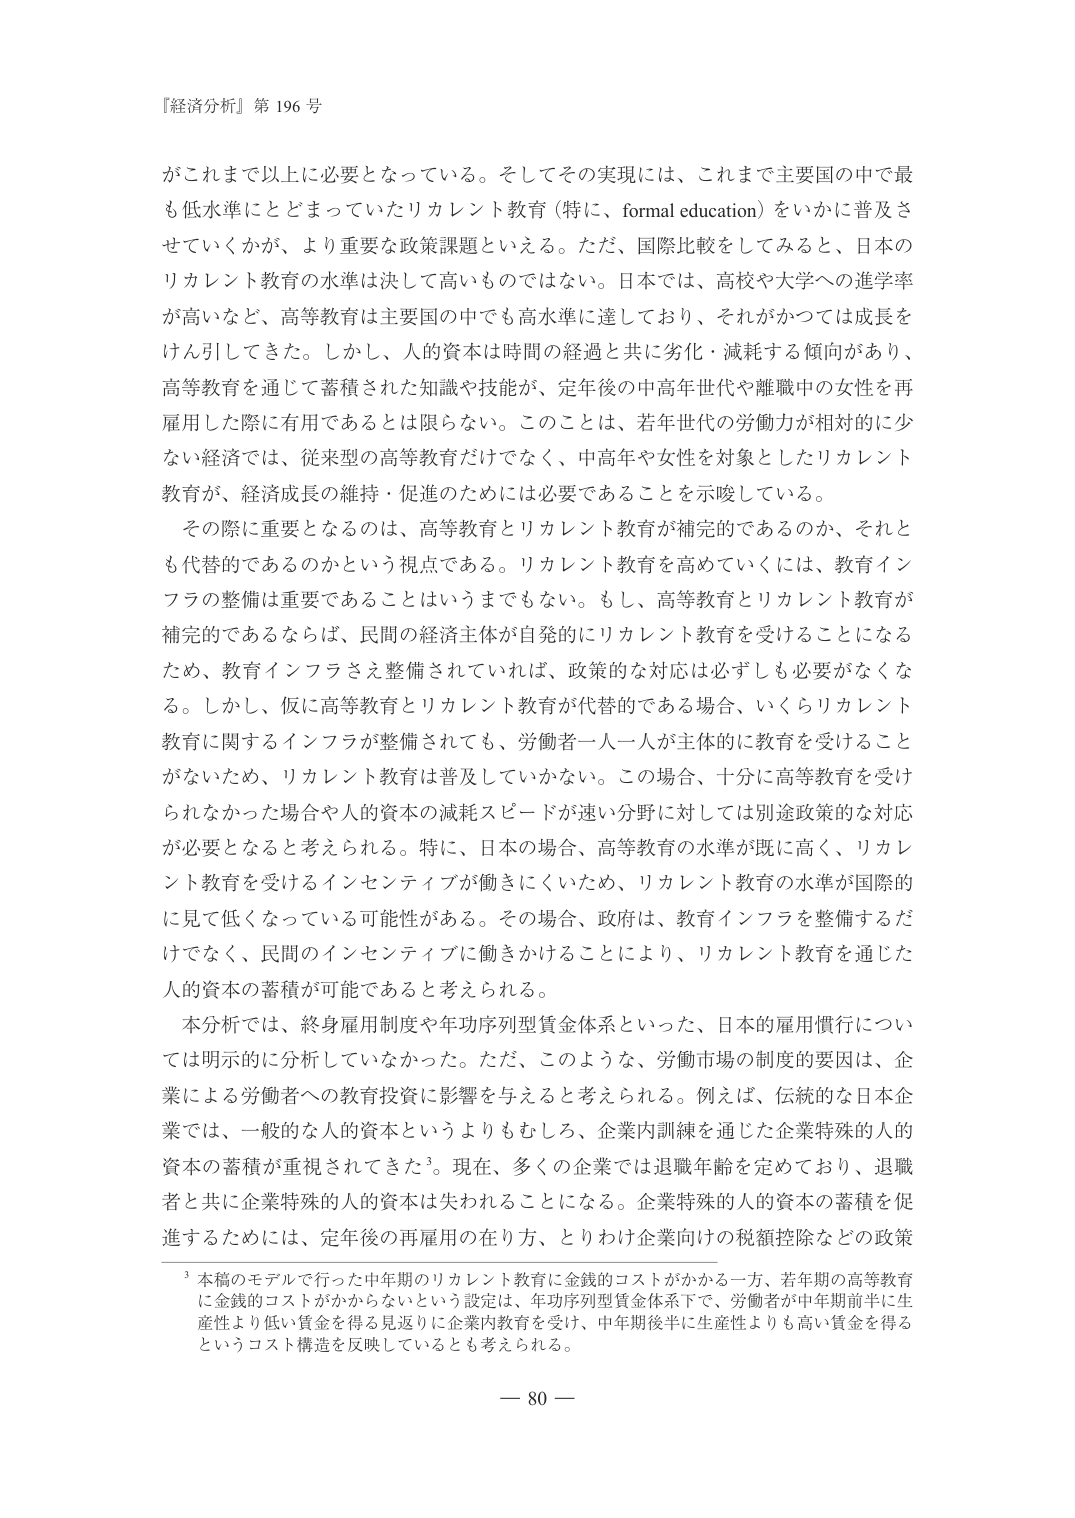
『経済分析』第 196 号

がこれまで以上に必要となっている。そしてその実現には、これまで主要国の中で最も低水準にとどまっていたリカレント教育（特に、formal education）をいかに普及させていくかが、より重要な政策課題といえる。ただ、国際比較をしてみると、日本のリカレント教育の水準は決して高いものではない。日本では、高校や大学への進学率が高いなど、高等教育は主要国の中でも高水準に達しており、それがかつては成長をけん引してきた。しかし、人的資本は時間の経過と共に劣化・減耗する傾向があり、高等教育を通じて蓄積された知識や技能が、定年後の中高年世代や離職中の女性を再雇用した際に有用であるとは限らない。このことは、若年世代の労働力が相対的に少ない経済では、従来型の高等教育だけでなく、中高年や女性を対象としたリカレント教育が、経済成長の維持・促進のためには必要であることを示唆している。

その際に重要となるのは、高等教育とリカレント教育が補完的であるのか、それとも代替的であるのかという視点である。リカレント教育を高めていくには、教育インフラの整備は重要であることはいうまでもない。もし、高等教育とリカレント教育が補完的であるならば、民間の経済主体が自発的にリカレント教育を受けることになるため、教育インフラさえ整備されていれば、政策的な対応は必ずしも必要がなくなる。しかし、仮に高等教育とリカレント教育が代替的である場合、いくらリカレント教育に関するインフラが整備されても、労働者一人一人が主体的に教育を受けることがないため、リカレント教育は普及していかない。この場合、十分に高等教育を受けられなかった場合や人的資本の減耗スピードが速い分野に対しては別途政策的な対応が必要となると考えられる。特に、日本の場合、高等教育の水準が既に高く、リカレント教育を受けるインセンティブが働きにくいため、リカレント教育の水準が国際的に見て低くなっている可能性がある。その場合、政府は、教育インフラを整備するだけでなく、民間のインセンティブに働きかけることにより、リカレント教育を通じた人的資本の蓄積が可能であると考えられる。

本分析では、終身雇用制度や年功序列型賃金体系といった、日本の雇用慣行については明示的に分析していなかった。ただ、このような、労働市場の制度的要因は、企業による労働者への教育投資に影響を与えると考えられる。例えば、伝統的な日本企業では、一般的な人的資本というよりもむしろ、企業内訓練を通じた企業特殊的人的資本の蓄積が重視されてきた³。現在、多くの企業では退職年齢を定めており、退職者と共に企業特殊的人的資本は失われることになる。企業特殊的人的資本の蓄積を促進するためには、定年後の再雇用の在り方、とりわけ企業向けの税額控除などの政策

³ 本稿のモデルで行った中年期のリカレント教育に金銭的コストがかかる一方、若年期の高等教育に金銭的コストがかからないという設定は、年功序列型賃金体系下で、労働者が中年期前半に生産性より低い賃金を得る見返りに企業内教育を受け、中年期後半に生産性よりも高い賃金を得るというコスト構造を反映しているとも考えられる。

— 80 —